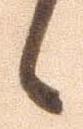
候